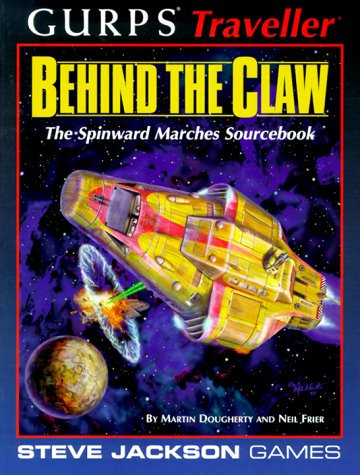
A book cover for Gurps Traveller Behind the Claw: The Spinward Marches Sourcebook; Martin Dougherty; Science Fiction & Fantasy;